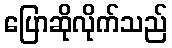
ပြောဆိုလိုက်သည်